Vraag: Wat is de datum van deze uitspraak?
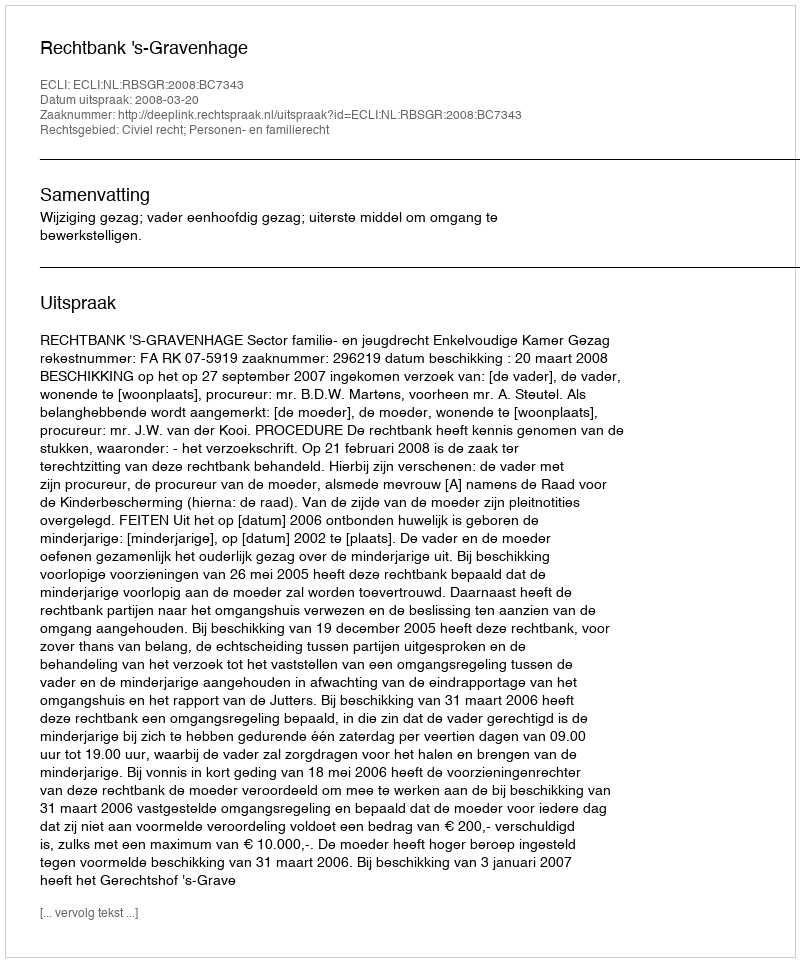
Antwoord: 2008-03-20